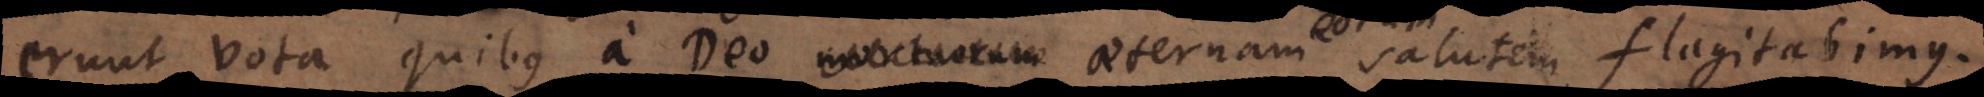
erunt vota quibus a Deo mortuorum salutem flagitabimus.